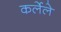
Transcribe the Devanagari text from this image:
कर्लेले